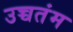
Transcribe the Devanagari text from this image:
उच्चतंम